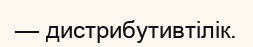
— дистрибутивтілік.